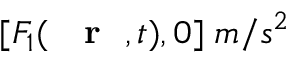
[ F _ { 1 } ( \mathrm { ~ { ~ \bf ~ r ~ } ~ } , t ) , 0 ] \; m / s ^ { 2 }